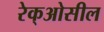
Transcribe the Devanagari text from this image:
रेक्‌ओसील